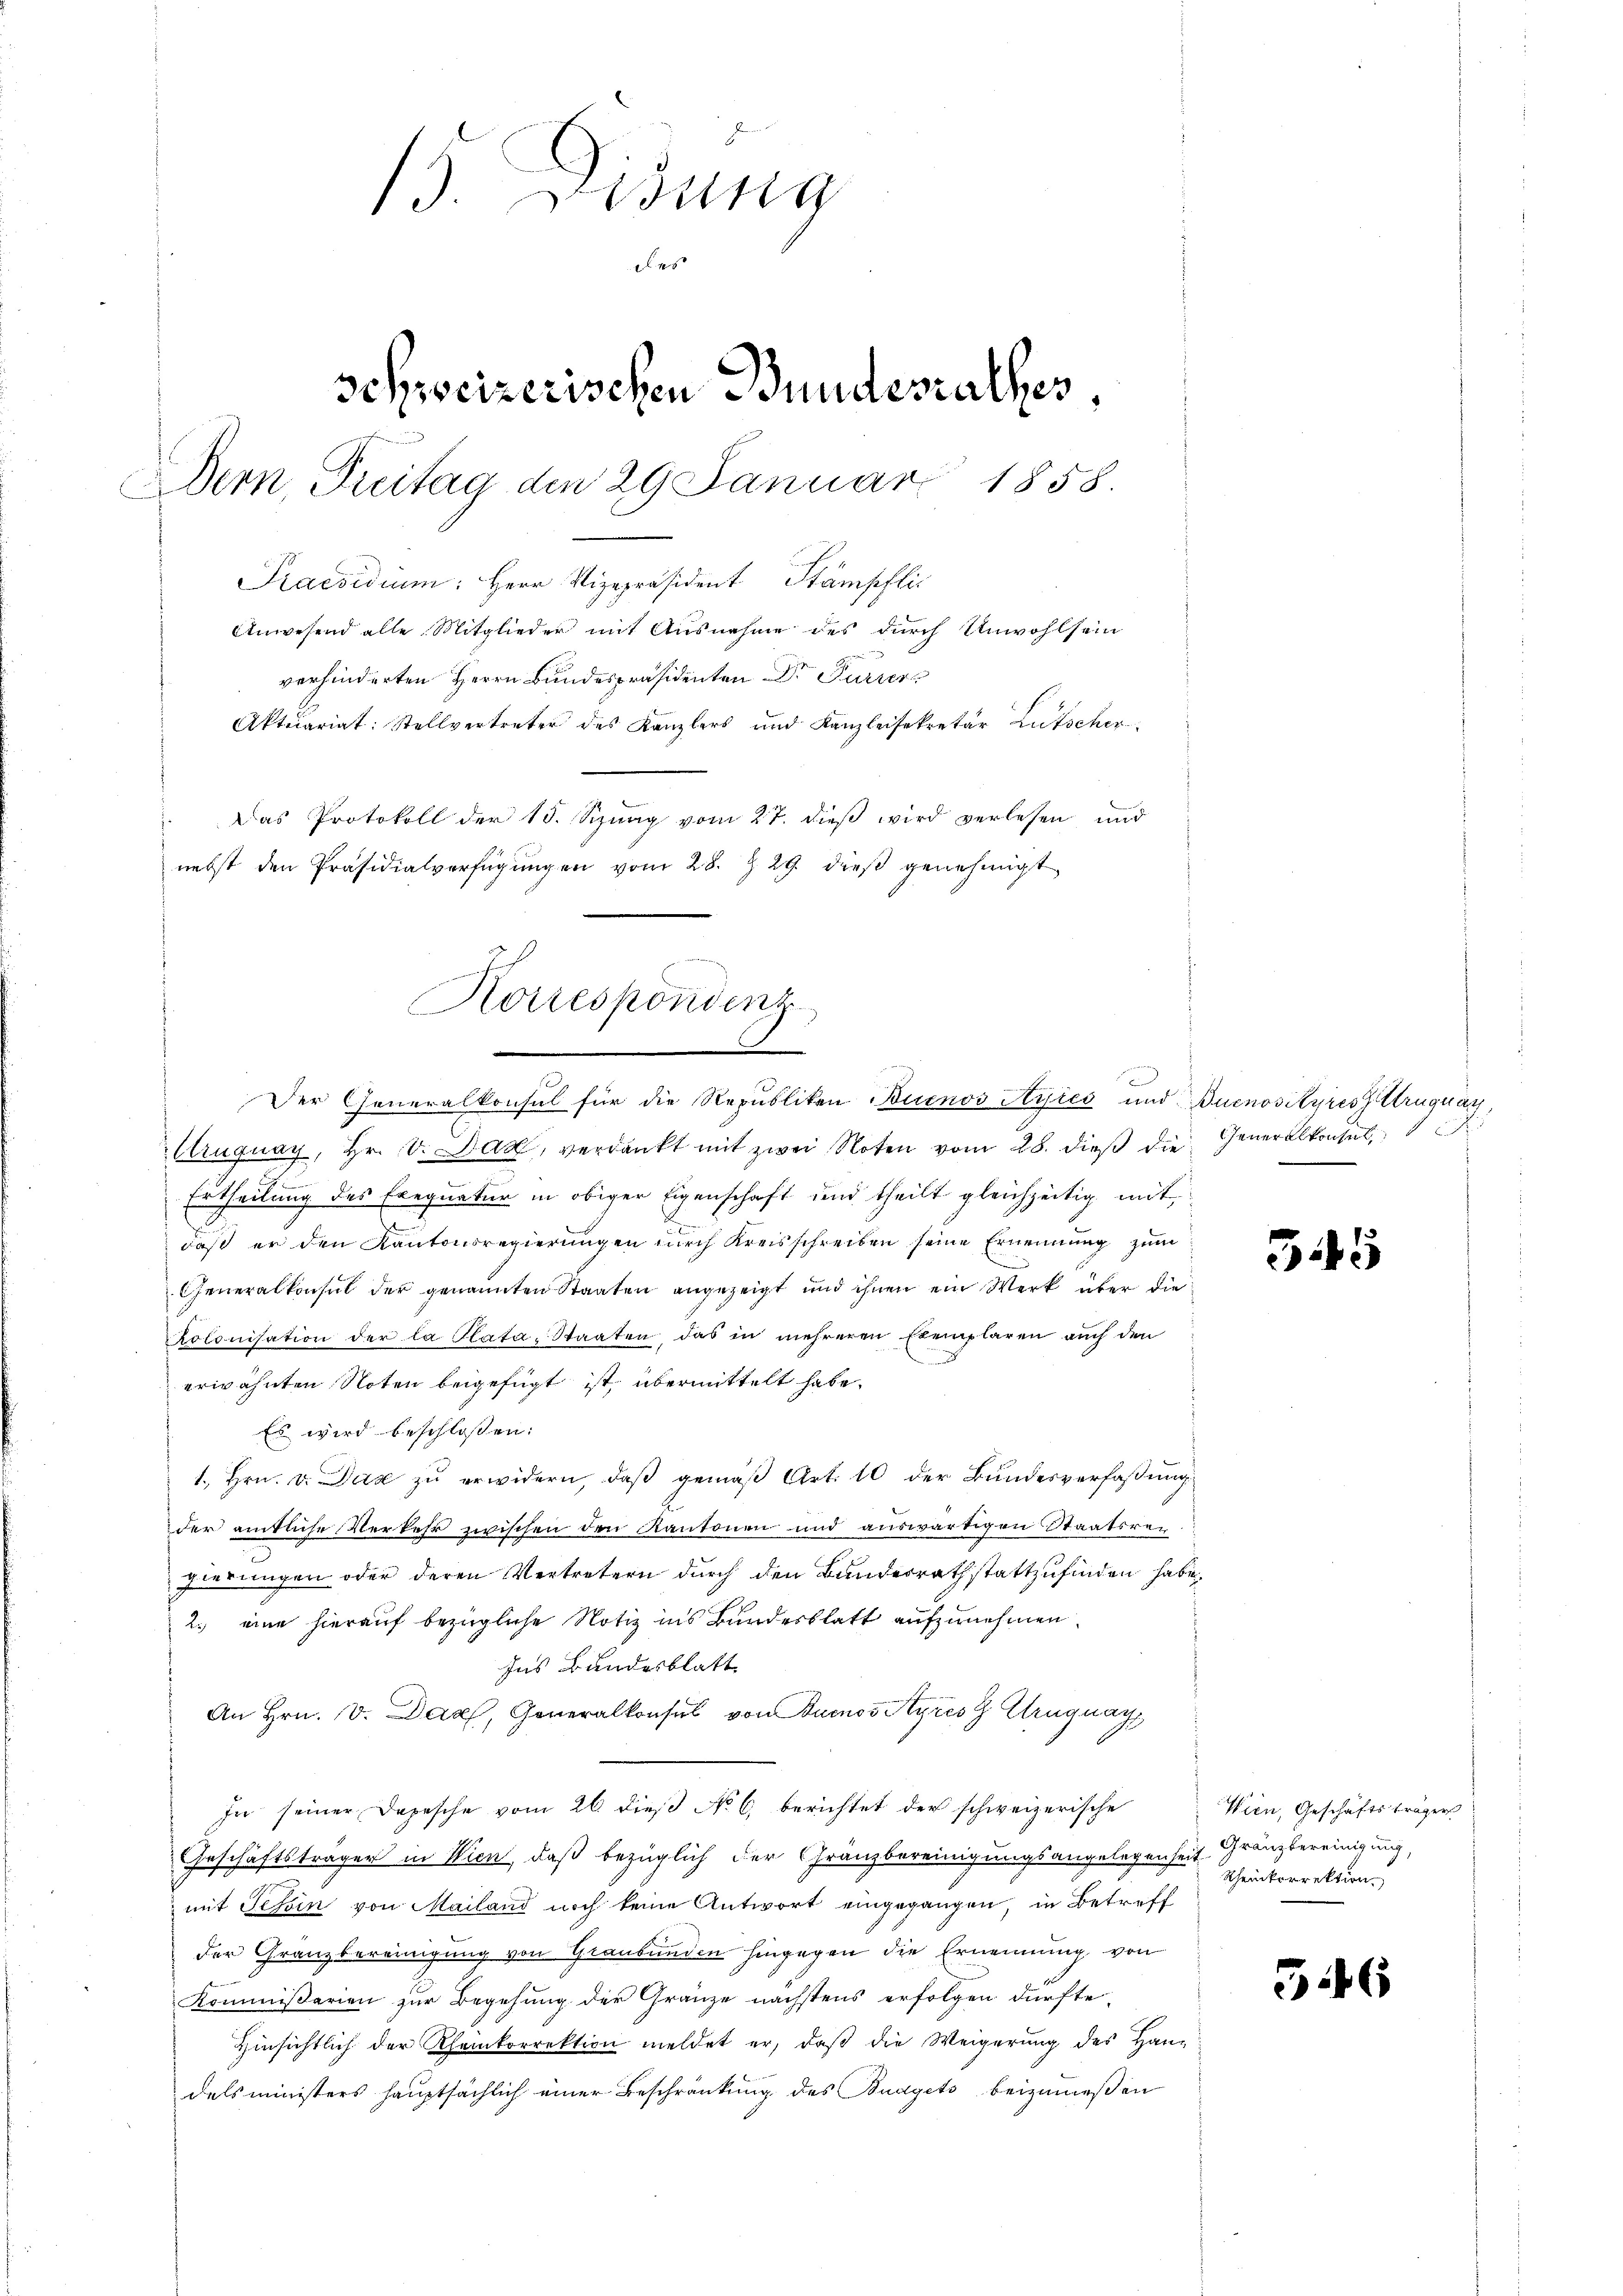
19. Didung
des
schweizerischen Bundesrathes,
Dern Freitag den 29 Januar 1858.
Praesidium: Herr Vizepräsident Stämpflic
Anwesend alle Mitglieder mit Ausnahme des durch Unwohlsein
verhinderten Herrn Bundespräsidenten Dr Furrer
Aktuariat: Stellvertreter des Kanzlers und Kanzleisekretär Lütscher
Das Protokoll der 15. Sizung vom 27. dieß wird verlesen und

nebst den Präsidialverfügungen vom 28. Z. 29. dieß genehmigt
Korrespondenz
9.
.

Der Generalkonsul für die Republiken Buenos Ayres und Buenovityres Cruquar
lruguay, Hr. V. Daz, verdankt mit zwei Noten vom 28. dieß die Generalkonsul,
Ertheilung des Exequatur in obiger Eigenschaft und theilt gleichzeitig mit
daß er den Kantonsregierungen durch Kreisschreiben seine Ernennung zum
Generalkonsul der genannten Staaten angezeigt und ihnen ein Werk über die
Kolonisation der la Plata, Staaten, das in mehreren Exemplaren auch den
erwähnten Noten beigefügt ist, übermittelt habe.
Es wird beschlossen:
1., Hrn. v. Das zu erwidern, daß gemäß Art. 10 der Bundesverfaßung
der amtliche Verkehr zwischen den Kantonen und auswärtigen Staatsrei-
gierungen oder deren Vertretern durch den Bundesrathstattzufinden habe,
2.) eine hierauf bezügliche Notiz ins Bundesblatt aufzunehmen.
Ins Bundesblatt
An Hrn. V. Dach, Generalkonsul von Buenos Ayres & Uruguay
In seiner Depesche vom 26 dieß No 6. berichtet der schweizerische
Geschäftsträger in Wien, daß bezüglich der Gränzbereinigungsangelegenheit Gränzbereinigung,
mit Tessin von Mailand noch keine Antwort eingegangen, in Betreff
der Granzbereinigung von Graubünden hingegen die Ernennung von
Kommißarien zur Begehung der Gränze nächstens erfolgen dürfte,
Hinsichtlich der Rheinkorrektion meldet er, daß die Weigerung des Handelsministers hauptsächlich einer Beschränkung des Budgets beizumeßen

545

Wien, Geschäftsträgers
Rheinkorrektion

56